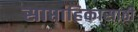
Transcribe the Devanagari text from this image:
साप्ताहिकासाठी